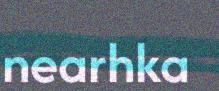
nearhka